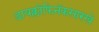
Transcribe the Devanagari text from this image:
डायक्लोफिनॅकसारखे